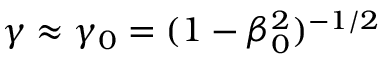
\gamma \approx \gamma _ { 0 } = ( 1 - \beta _ { 0 } ^ { 2 } ) ^ { - 1 / 2 }